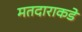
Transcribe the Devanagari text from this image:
मतदाराकडे